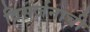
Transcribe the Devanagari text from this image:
विसर्जनाची